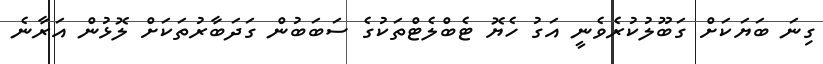
ގިނަ ބަޔަކަށް ގަބޫލުކުރެވެނީ އަގު ހެޔޮ ޓެބްލެޓްތަކުގެ ސަބަބުން ގަދަބާރުތަކަށް ލޮޅުން އަރާނެ